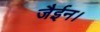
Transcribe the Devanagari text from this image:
जैईन।